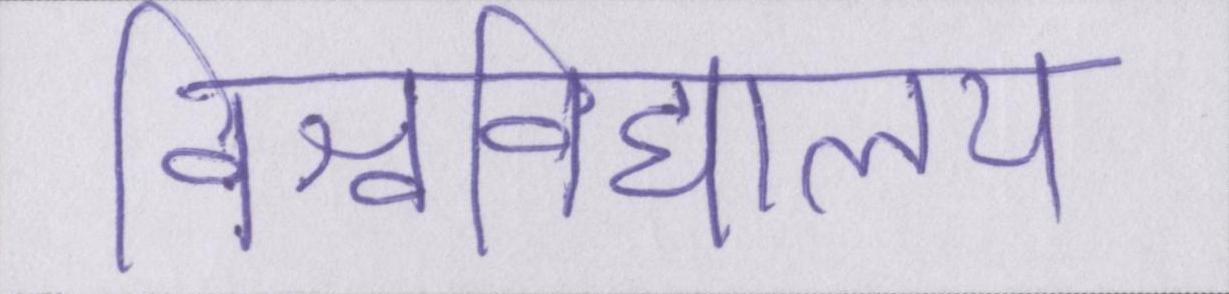
विश्वविद्यालय